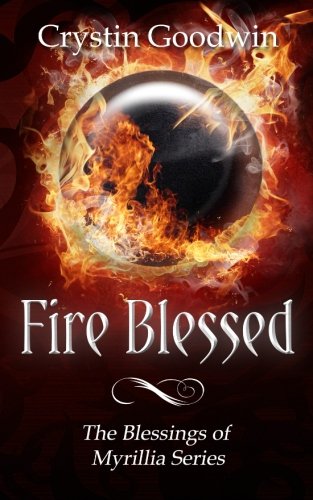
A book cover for Fire Blessed (Blessings of Myrillia) (Volume 2); Crystin Goodwin; Science Fiction & Fantasy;